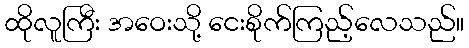
ထိုလူကြီး အဝေးသို့ ငေးစိုက်ကြည့်လေသည်။